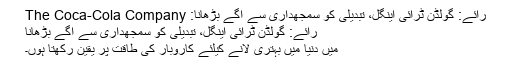
رائے: گولڈن ٹرائی اینگل، تبدیلی کو سمجھداری سے آگے بڑھانا: The Coca-Cola Company
رائے: گولڈن ٹرائی اینگل، تبدیلی کو سمجھداری سے آگے بڑھانا
میں دنیا میں بہتری لانے کیلئے کاروبار کی طاقت پر یقین رکھتا ہوں۔